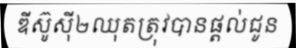
ឌីស៊ូស៊ី២ឈុតត្រុវបានផ្តល់ជូន